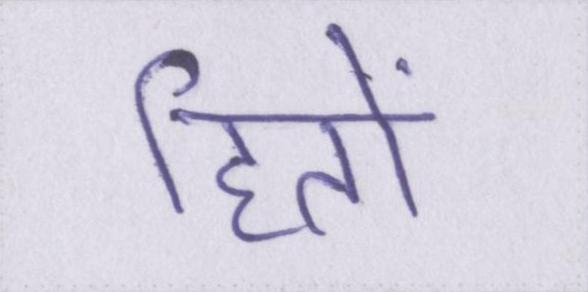
हितों